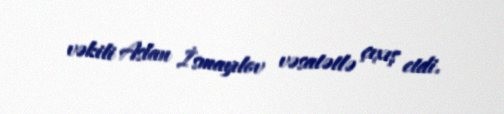
vəkili Aslan İsmayılov vəsatətlə çıxış etdi.